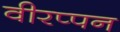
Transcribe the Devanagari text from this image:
वीरप्पन